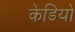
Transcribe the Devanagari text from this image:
केडियो